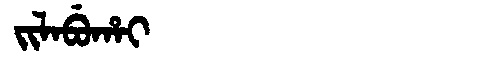
Manchu: ᠵᡳᠯᠠᠪᡠᡥᠠᡳ
Romanization: JILABUHAI